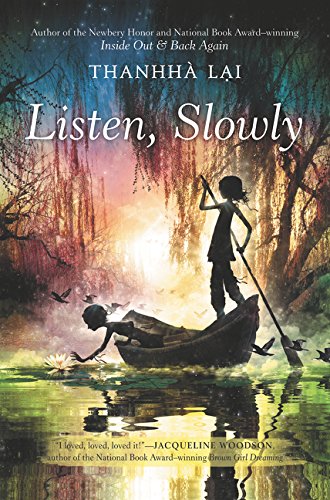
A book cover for Listen, Slowly; Thanhha Lai; Children's Books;